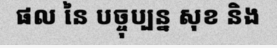
ផល នៃ បច្ចុប្បន្ន សុខ និង